Annual administration report of the Civil Veterinary Department of India - 1896-1897
Year: 1896
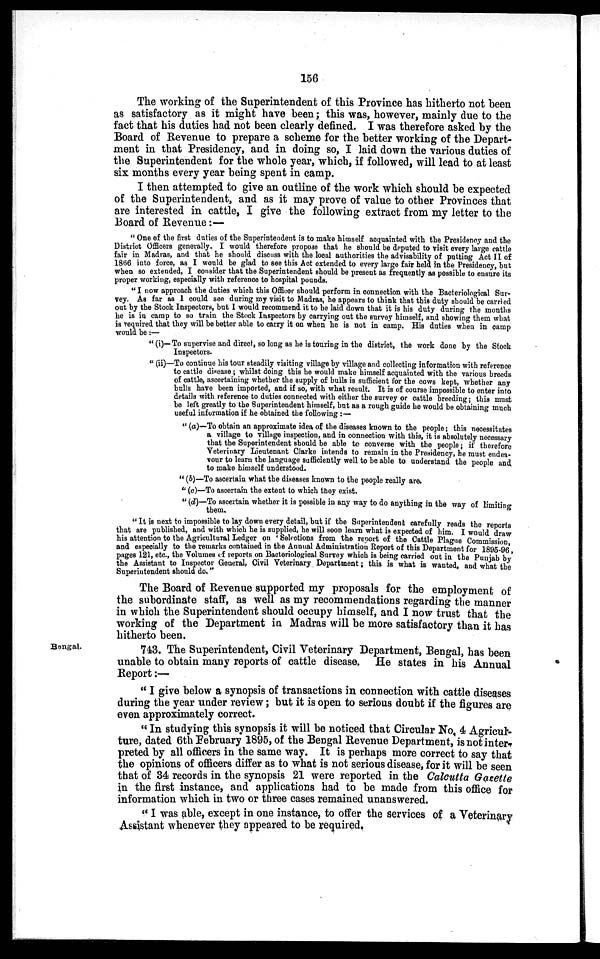
156
The working of the Superintendent of this Province has hitherto not been
as satisfactory as it might have been; this was, however, mainly due to the
fact that his duties had not been clearly defined. I was therefore asked by the
Board of Revenue to prepare a scheme for the better working of the Depart-
ment in that Presidency, and in doing so, I laid down the various duties of
the Superintendent for the whole year, which, if followed, will lead to at least
six months every year being spent in camp.
I then attempted to give an outline of the work which should be expected
of the Superintendent, and as it may prove of value to other Provinces that
are interested in cattle, I give the following extract from my letter to the
Board of Revenue:—
"One of the first duties of the Superintendent is to make himself acquainted with the Presidency and the
District Officers generally. I would therefore propose that he should be deputed to visit every large cattle
fair in Madras, and that he should discuss with the local authorities the advisability of putting Act II of
1866 into force, as I would be glad to see this Act extended to every large fair held in the Presidency, but
when so extended, I consider that the Superintendent should be present as frequently as possible to ensure its
proper working, especially with reference to hospital pounds.
"I now approach the duties which this Officer should perform in connection with the Bacteriological Sur-
vey. As far as I could see during my visit to Madras, he appears to think that this duty should be carried
out by the Stock Inspectors, but I would recommend it to be laid down that it is his duty during the months
he is in camp to so train the Stock Inspectors by carrying out the survey himself, and showing them what
is required that they will be better able to carry it on when he is not in camp. His duties when in camp
would be :—
" (i)—To supervise and direct, so long as he is touring in the district, the work done by the Stock
Inspectors.
" (ii)—To continue his tour steadily visiting village by village and collecting information with reference
to cattle disease; whilst doing this he would make himself acquainted with the various breeds
of cattle, ascertaining whether the supply of bulls is sufficient for the cows kept, whether any
bulls have been imported, and if so, with what result. It is of course impossible to enter into
details with reference to duties connected with either the survey or cattle breeding; this must
be left greatly to the Superintendent himself, but as a rough guide he would be obtaining much
useful information if he obtained the following:—
" (a)—To obtain an approximate idea of the diseases known to the people; this necessitates
a village to village inspection, and in connection with this, it is absolutely necessary
that the Superintendent should be able to converse with the people; if therefore
Veterinary Lieutenant Clarke intends to remain in the Presidency, he must endea-
vour to learn the language sufficiently well to be able to understand the people and
to make himself understood.
"(b)—To ascertain what the diseases known to the people really are.
"(c)—To ascertain the extent to which they exist.
"(d)—To ascertain whether it is possible in any way to do anything in the way of limiting
them.
"It is next to impossible to lay down every detail, but if the Superintendent carefully reads the reports
that are published, and with which he is supplied, he will soon learn what is expected of him. I would draw
his attention to the Agricultural Ledger on 'Selections from the report of the Cattle Plague Commission,
and especially to the remarks contained in the Annual Administration Report of this Department for 1895-96,
pages 121, etc., the Volumes of reports on Bacteriological Survey which is being carried out in the Punjab by
the Assistant to Inspector General, Civil Veterinary Department; this is what is wanted, and what the
Superintendent should do."
The Board of Revenue supported my proposals for the employment of
the subordinate staff, as well as my recommendations regarding the manner
in which the Superintendent should occupy himself, and I now trust that the
working of the Department in Madras will be more satisfactory than it has
hitherto been.
Bengal.
743. The Superintendent, Civil Veterinary Department, Bengal, has been
unable to obtain many reports of cattle disease. He states in his Annual
Report:—
"I give below a synopsis of transactions in connection with cattle diseases
during the year under review; but it is open to serious doubt if the figures are
even approximately correct.
"In studying this synopsis it will be noticed that Circular No. 4 Agricul-
ture, dated 6th February 1895, of the Bengal Revenue Department, is not inter-
preted by all officers in the same way. It is perhaps more correct to say that
the opinions of officers differ as to what is not serious disease, for it will be seen
that of 34 records in the synopsis 21 were reported in the Calcutta Gazette
in the first instance, and applications had to be made from this office for
information which in two or three cases remained unanswered.
"I was able, except in one instance, to offer the services of a Veterinary
Assistant whenever they appeared to be required.